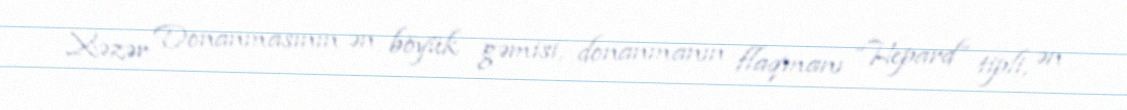
Xəzər Donanmasının ən böyük gəmisi, donanmanın flaqmanı “Hepard” tipli, ən